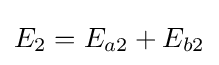
E_{2}=E_{a2}+E_{b2}